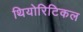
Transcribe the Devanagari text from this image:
थियोरिटिकल